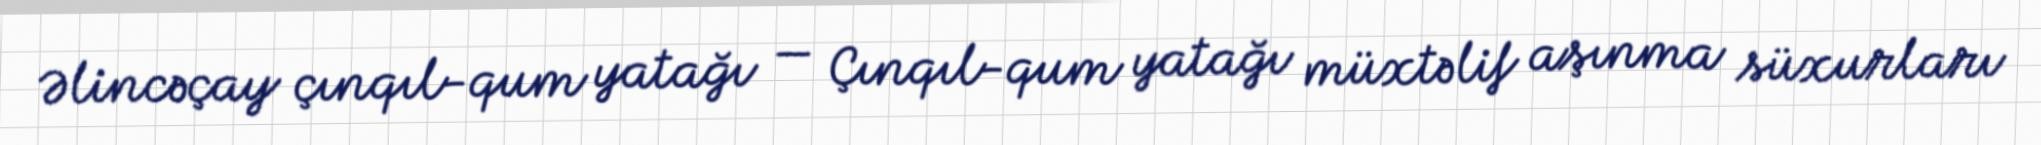
Əlincəçay çınqıl-qum yatağı — Çınqıl-qum yatağı müxtəlif aşınma süxurları